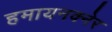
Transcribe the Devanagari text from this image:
हमायनक्नेर